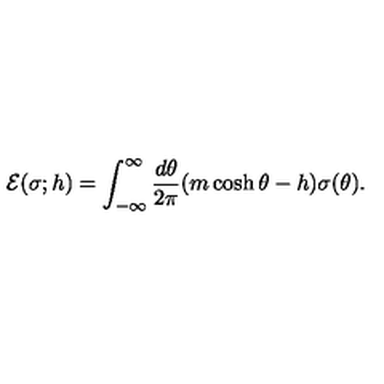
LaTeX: { \cal E } ( \sigma ; h ) = \int _ { - \infty } ^ { \infty } { \frac { d \theta } { 2 \pi } } ( m \cosh \theta - h ) \sigma ( \theta ) .